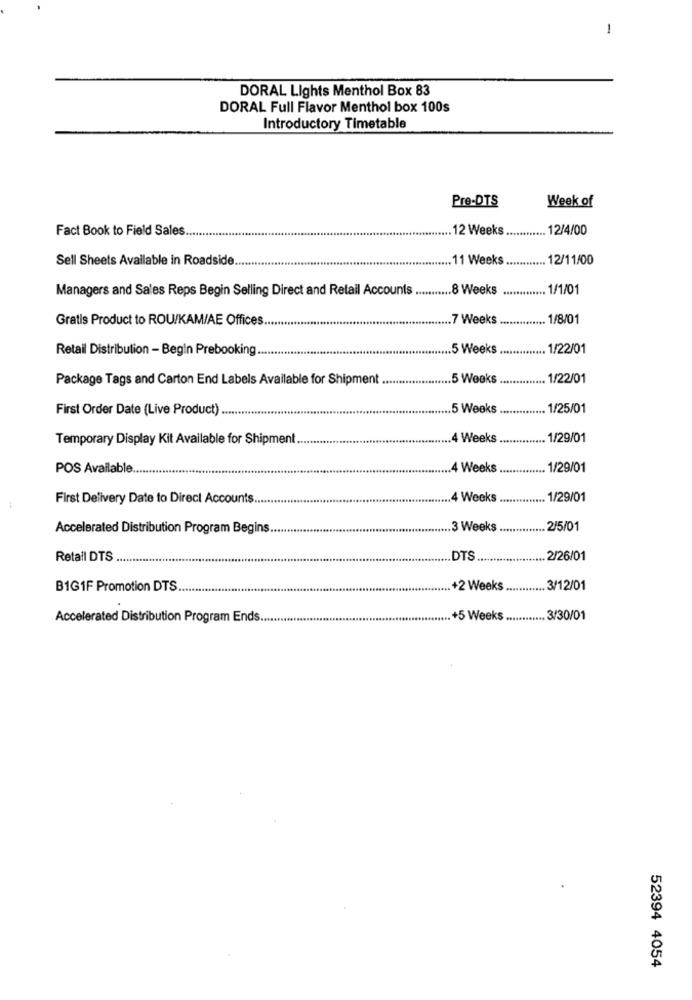
1
DORAL Lights Menthol Box 83
DORAL Full Flavor Menthol box 100s
Introductory Timetable
Pre-DTS
Week of
Fact Book to Field Sales
*********............ 12 Weeks ............ 12/4/00
Sell Sheets Available in Roadside
11 Weeks
12/11/00
Managers and Sales Reps Begin Selling Direct and Retail Accounts ........... 8 Weeks
.. 1/1/01
Gratis Product to ROU/KAM/AE Offices
*************........ 7 Weeks
1/8/01
Retail Distribution - Begin Prebooking ..
...... 5 Weeks .............. 1/22/01
Package Tags and Carton End Labels Available for Shipment
.. 5 Weeks .
............. 1/22/01
First Order Date (Live Product).
.. 5 Weeks
1/25/01
Temporary Display Kit Available for Shipment ..
.. 4 Weeks
1/29/01
POS Available
4 Weeks
.. 1/29/01
First Delivery Date to Direct Accounts ..
4 Weeks
.. 1/29/01
Accelerated Distribution Program Begins ......
.......... 3 Weeks .
********...... 2/5/01
Retail DTS
...... DTS.
..... 2/26/01
B1G1F Promotion DTS.
+2 Weeks .
.. 3/12/01
Accelerated Distribution Program Ends.
...... +5 Weeks ...
.. 3/30/01
52394 4054